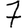
Digit: 7